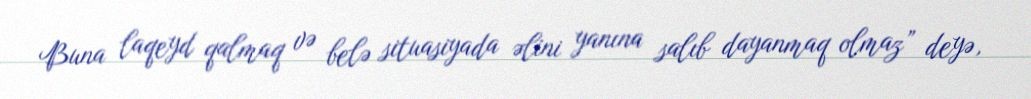
Buna laqeyd qalmaq və belə situasiyada əlini yanına salıb dayanmaq olmaz” deyə,